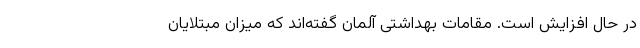
در حال افزایش است. مقامات بهداشتی آلمان گفته‌اند که میزان مبتلایان